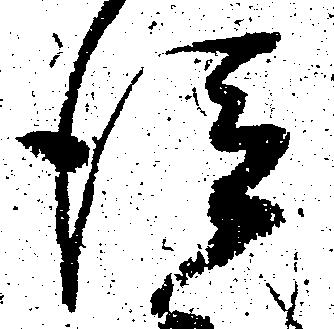
従